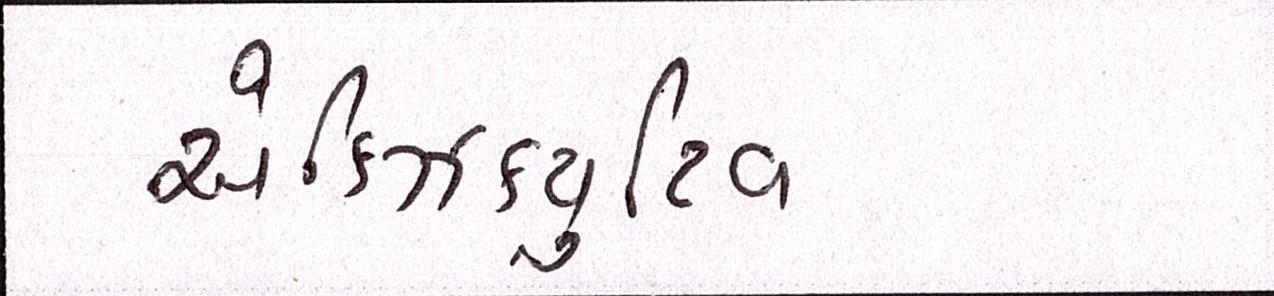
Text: એક્ઝિક્યુટિવ